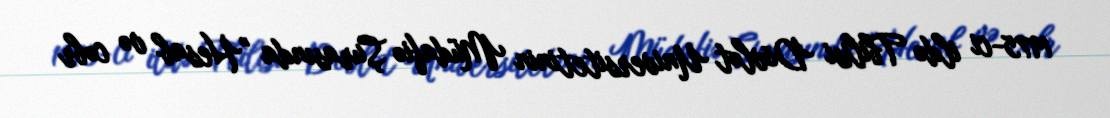
1975-ci ildə Tbilisi Dövlət Universitetinin Müdafiə Şurasında "Hesab və cəbr